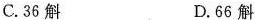
C.36斛 D.66斛